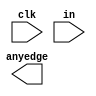
module top_module (
    input clk,
    input [7:0] in,
    output [7:0] anyedge
);
    reg [7:0] in_last;
    always@(posedge clk)begin
        in_last <= in;
        pedge <= in& ~in_last;
    end
endmodule